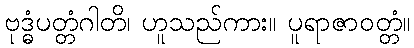
ဗုဒ္ဓံပတ္တံဂါတိ၊ ဟူသည်ကား။ ပူရာဇာဝတ္တံ။